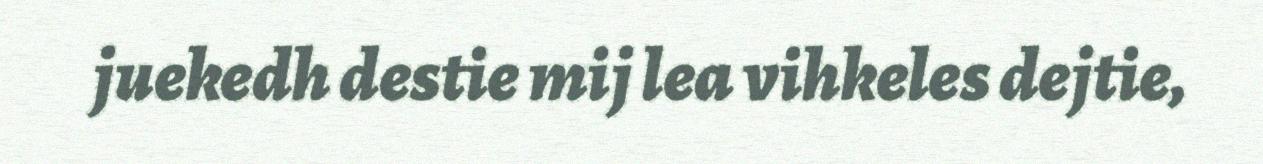
juekedh destie mij lea vihkeles dejtie,